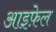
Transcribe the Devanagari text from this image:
आइफ़ेल